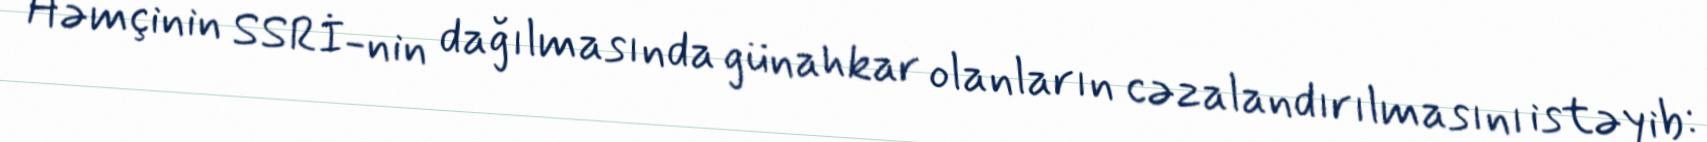
Həmçinin SSRİ-nin dağılmasında günahkar olanların cəzalandırılmasını istəyib: